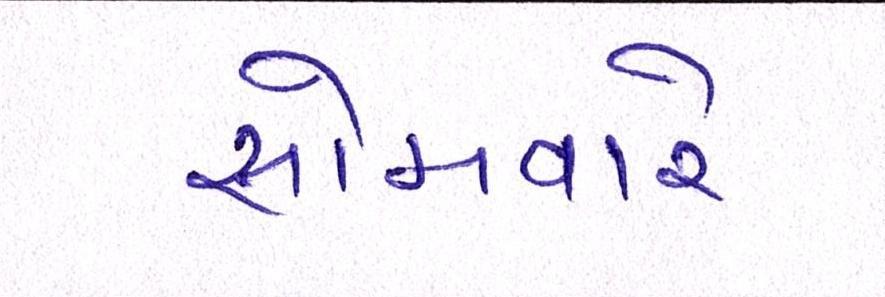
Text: સોમવારે